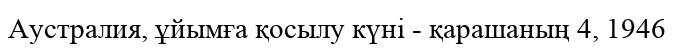
Аустралия, ұйымға қосылу күні - қарашаның 4, 1946